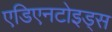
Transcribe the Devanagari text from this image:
एडिएनटोइड्स